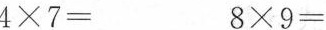
4×7= 8×9=